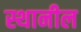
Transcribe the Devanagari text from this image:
स्थानील